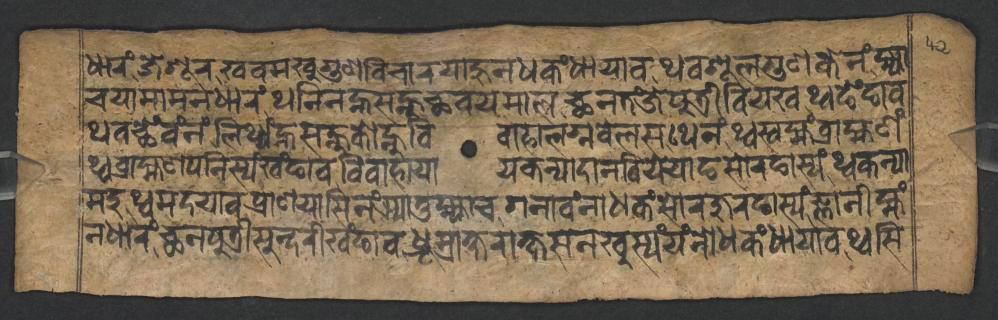
𑐢𑐵𑐬𑑄𑐖𑐾𑐱𑐹𑐬𑐏𑐰𑐩𑐏𑐸𑐐𑐸𑐞𑐰𑐶𑐔𑐵𑐬𑐫𑐵𑐴𑐸𑐣𑐢𑐎𑑄𑐢𑐵𑐫𑐵𑐰𑐠𑐰𑐱𑐹𑐮𑐐𑐸𑐞𑐎𑐾𑐣𑑄𑐩𑑂𑐴𑑂𑐫𑐵 𑐔𑐫𑐵𑐩𑐵𑐩𑐣𑐢𑐵𑐬𑑄𑐠𑐣𑐶𑐣𑐣𑑂𑐴𑐳𑐣𑑂𑐴𑐸𑐕𑐰𑐫𑐩𑐵𑐮𑐕𑐣𑐟𑑄𑐖𑐾𑐥𑐸𑐟𑑂𑐬𑐷𑐧𑐶𑐫𑐏𑐠𑑂𑐰𑐒𑐾𑑄𑐒𑐵𑐰 𑐠𑐰𑐕𑐾𑑄𑐰𑑄𑐣𑑄𑐮𑐶𑐠𑑂𑐫𑑄𑐣𑑂𑐴𑐳𑐣𑑂𑐴𑐸𑐎𑑀𑐣𑑂𑐴𑐸𑐰𑐶𑐰𑐵𑐴𑐵𑐮𑐐𑑂𑐣𑐧𑐾𑐮𑐳𑐠𑐾𑐣𑑄𑐠𑑂𑐰𑐳𑑂𑐰𑐩𑑂𑐴𑑄𑐧𑑂𑐬𑐵𑐴𑑂𑐩𑐞𑑄 𑐠𑑂𑐰𑐧𑑂𑐬𑐵𑐴𑑂𑐩𑐞𑐥𑐣𑐶𑐳𑑂𑐫𑑄𑐏𑑄𑐒𑐵𑐰𑐰𑐶𑐰𑐵𑐴𑐵𑐫𑐵𑐫𑐎𑐣𑑂𑐫𑐵𑐡𑐵𑐣𑐧𑐶𑐫𑐾𑐫𑐵𑐒𑐳𑑀𑐬𑐒𑐵𑐳𑑂𑐫𑑄𑐠𑑂𑐰𑐎𑐣𑑂𑐫𑐵 𑐩𑐡𑐸𑐠𑑂𑐰𑐩𑐡𑐫𑐵𑐰𑐥𑑂𑐬𑐵𑐞𑐫𑐵𑐳𑐶𑐣𑑄𑐗𑑂𑐫𑐵𑐟𑐸𑐩𑑂𑐴𑑂𑐫𑐵𑐔𑐐𑐣𑐵𑐰𑑄𑐣𑐵𑐢𑐎𑑄𑐳𑑀𑐬𑐖𑐸𑐬𑐒𑐵𑐳𑑂𑐫𑑄𑐖𑑂𑐘𑐵𑐣𑐷𑐩𑑂𑐴𑑄 𑐣𑐢𑐵𑐬𑑄𑐕𑐣𑐥𑐸𑐟𑑂𑐬𑐷𑐳𑐸𑐣𑑂𑐡𑐬𑐷𑐏𑑄𑐒𑐵𑐰𑐢𑑂𑐬𑐹𑐩𑑂𑐬𑐵𑐎𑑂𑐲𑐬𑐵𑐎𑑂𑐲𑐳𑐣𑐏𑐸𑐳𑑂𑐫𑑄𑐫𑑄𑐣𑑀𑐢𑐎𑑄𑐢𑐵𑐫𑐵𑐰𑐠𑑂𑐰𑐳𑐶